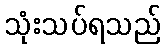
သုံးသပ်ရသည်